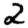
Digit: 2